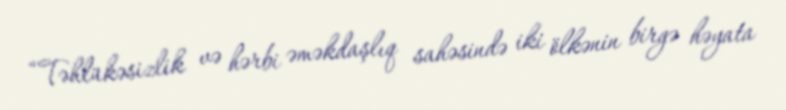
“Təhlükəsizlik və hərbi əməkdaşlıq sahəsində iki ölkənin birgə həyata